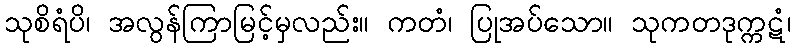
သုစိရံပိ၊ အလွန်ကြာမြင့်မှလည်း။ ကတံ၊ ပြုအပ်သော။ သုကတဒုက္ကဋံ၊